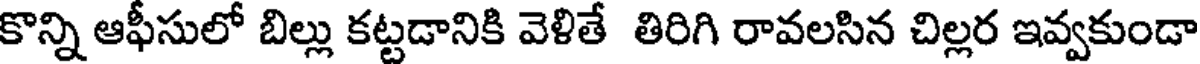
కొన్ని ఆఫీసులో బిల్లు కట్టడానికి వెళితే తిరిగి రావలసిన చిల్లర ఇవ్వకుండా